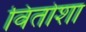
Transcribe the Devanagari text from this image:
वितोशा